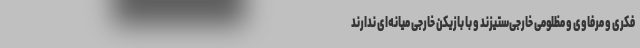
فکری و مرفاوی و مظلومی خارجی‌ستیزند و با بازیکن خارجی میانه‌ای ندارند